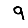
Digit: 9